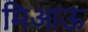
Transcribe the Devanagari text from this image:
मिआऊ